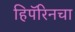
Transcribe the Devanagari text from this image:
हिपॅरिनचा